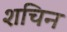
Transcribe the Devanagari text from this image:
शचिन